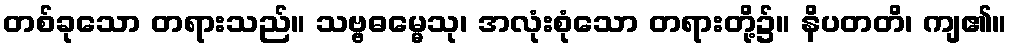
တစ်ခုသော တရားသည်။ သဗ္ဗဓမ္မေသု၊ အလုံးစုံသော တရားတို့၌။ နိပတတိ၊ ကျ၏။